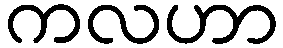
ကလဟာ